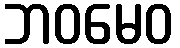
ဘဝမေဝ